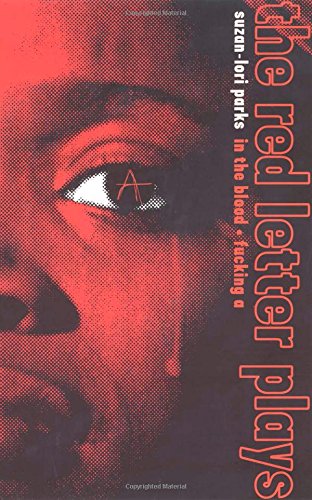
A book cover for The Red Letter Plays; Suzan-Lori Parks; Literature & Fiction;